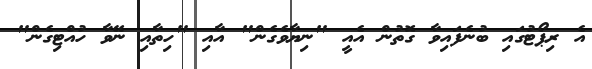
އެ ރިޕޯޓުގައި ބުނެފައިވާ ގޮތުން އެއީ "ނިޔާވެގެން" އާއި "ހިތާއި ނޭވާ ހުއްޓިގެން"